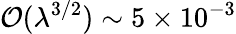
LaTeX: \mathcal{O}(\lambda^{3/2})\sim 5\times 10^{-3}